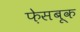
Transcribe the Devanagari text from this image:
फ़ेसबूक